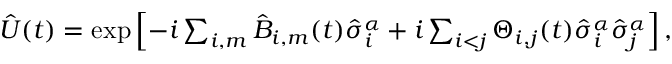
\begin{array} { r } { \hat { U } ( t ) = \exp \left[ - i \sum _ { i , m } \hat { B } _ { i , m } ( t ) \hat { \sigma } _ { i } ^ { \alpha } + i \sum _ { i < j } \Theta _ { i , j } ( t ) \hat { \sigma } _ { i } ^ { \alpha } \hat { \sigma } _ { j } ^ { \alpha } \right] , } \end{array}